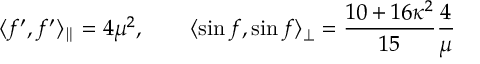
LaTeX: \langle f ^ { \prime } , f ^ { \prime } \rangle _ { \parallel } = 4 \mu ^ { 2 } , \qquad \langle \sin f , \sin f \rangle _ { \perp } = \frac { 1 0 + 1 6 \kappa ^ { 2 } } { 1 5 } \frac { 4 } { \mu }